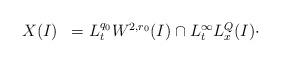
LaTeX: \begin{align*}\begin{array}{ll}X(I) & = L_{t}^{q_{0}} W^{2,r_{0}}(I) \cap L_{t}^{\infty} L_{x}^{Q}(I) \cdot\end{array}\end{align*}